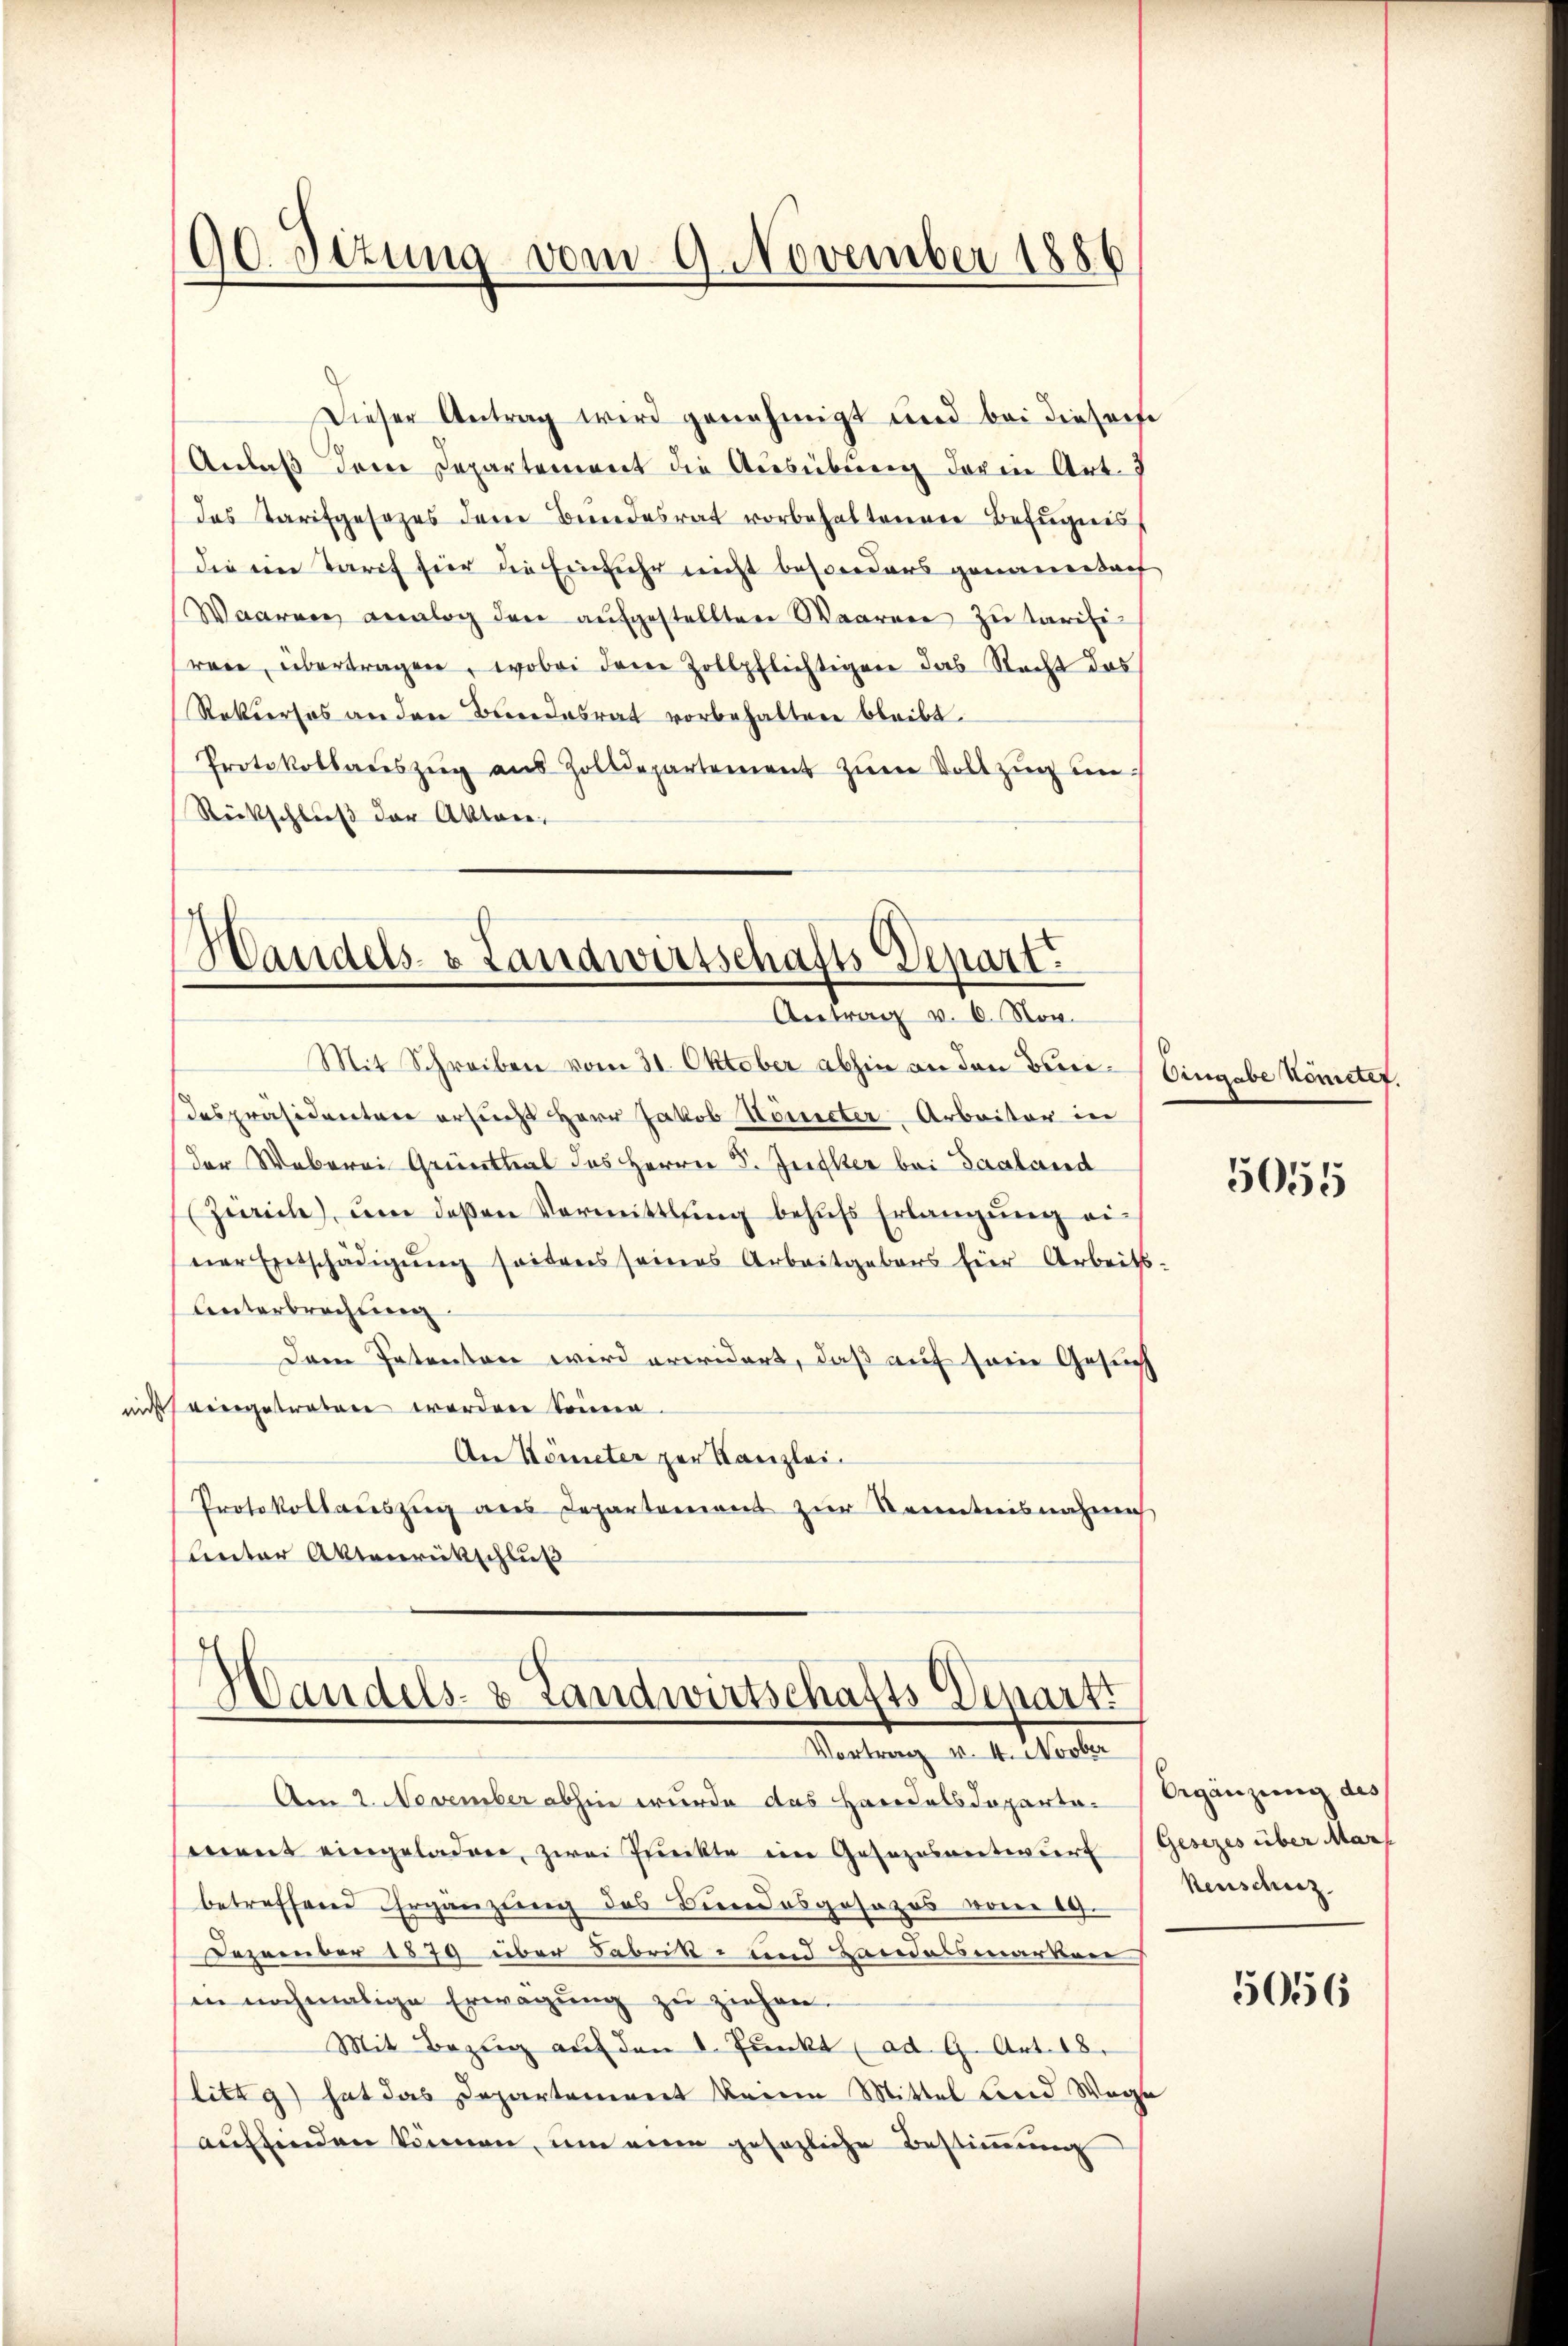
90. Sitzung vom 9. November 1886

Dieser Antrag wird genehmigt und bei dieser
Anlaß dem Departement die Ausübung darin Art. 7
das Tarifgesezes dem Bundesrat vorbehaltenen Befugnis
die ein Tarif für die Einfuhr nicht besonders genanndach
Waaren analog den aufgestellten Waaren zu tarifi-
rare übertragen, wobei dem Zollpflichtigen das Nacht das
Rekurses an den Bundesrat vorbehalten bleibt.
Protokollaŭszŭg aŭs Zolldepartement zŭm Vollzug in
Rückschluß der Akten,

Handels- & Landwirtschafts-Depart
Antrag v. 6. Nov.

Mit Schreiben vom 31. Oktober abhin an den Bene-Eingabe Komitef.
despräsidenten ersucht Herr Jakob Könicter Arbeiter in
der Weberei Grünthal des Herrn P. Jester bei Saaland
(Zürich), um deβen Vermittlung behŭfs Erlangŭng ei-
ner Entschädigŭng seitens seines Arbeitgebors für Arbeits-
Lnterbrachtung
Dem Patentare wird erwidert, daß auf sein Gesuch
nicht vergetraten worden kommen.
An Kometer zur Kanzlei-
Protokollaŭszŭg ans Departement zŭr Kenntnisnahmes
Cereter Aktenrückschluß

Handels- & Landwirtschafts-Depart.
Vortrag v. 4. Novber

Am 2. November abhin wurde das Handelsdoparte. Ergänzung des
went eingeladen, zwei Prückte im Gesezesentwurf
betreffend Ergänzung des Bundesgesezes vom 19.
Dezember 1879 über Fabrik- und Landelsmarken
sen nochmalige Erwägŭng zŭ ziehen.
Mit Bezug auf den 8. Pŭnkt (ad. G. Art. 18.
litzg) hat das Departement keine Mittel und Wege
auffinden können, um eine gesezliche Bestimmung

5055

Gesezes über Mar
keuschez

5056